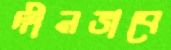
দীনভাবে